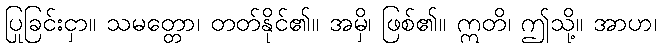
ပြုခြင်းငှာ။ သမတ္တော၊ တတ်နိုင်၏။ အမှိ၊ ဖြစ်၏။ ဣတိ၊ ဤသို့။ အာဟ၊